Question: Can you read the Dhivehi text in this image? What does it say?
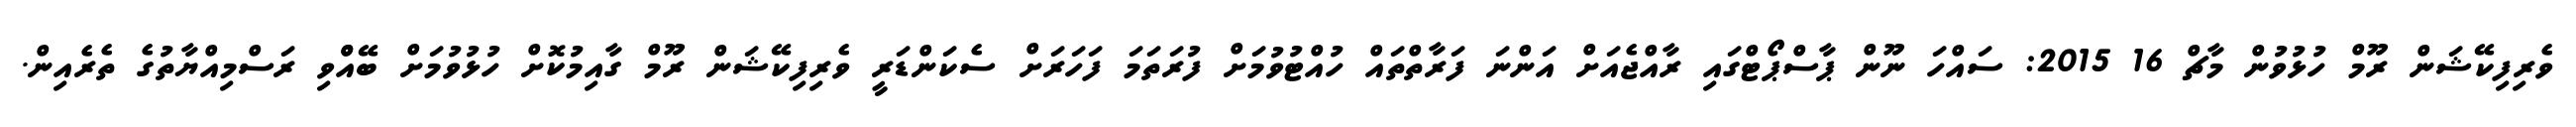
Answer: ވެރިފިކޭޝަން ރޫމް ހުޅުވުން މާޗް 16 2015: ސައްހަ ނޫން ޕާސްޕޯޓްގައި ރާއްޖެއަށް އަންނަ ފަރާތްތައް ހުއްޓުވުމަށް ފުރަތަމަ ފަހަރަށް ސެކަންޑަރީ ވެރިފިކޭޝަން ރޫމް ގާއިމުކޮށް ހުޅުވުމަށް ބޭއްްވި ރަސްމިއްޔާތުގެ ތެރެއިން.